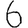
Digit: 6